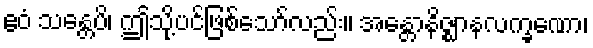
ဧဝံ သန္တေပိ၊ ဤသို့ပင်ဖြစ်သော်လည်း။ အန္တောနိဇ္ဈာနလက္ခဏော၊